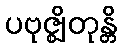
ပဗုဇ္ဈိတုန္တိ